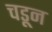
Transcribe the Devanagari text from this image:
चडून